Tartu_Linna_ja_Maakonna_Kaitseliit, lk 7
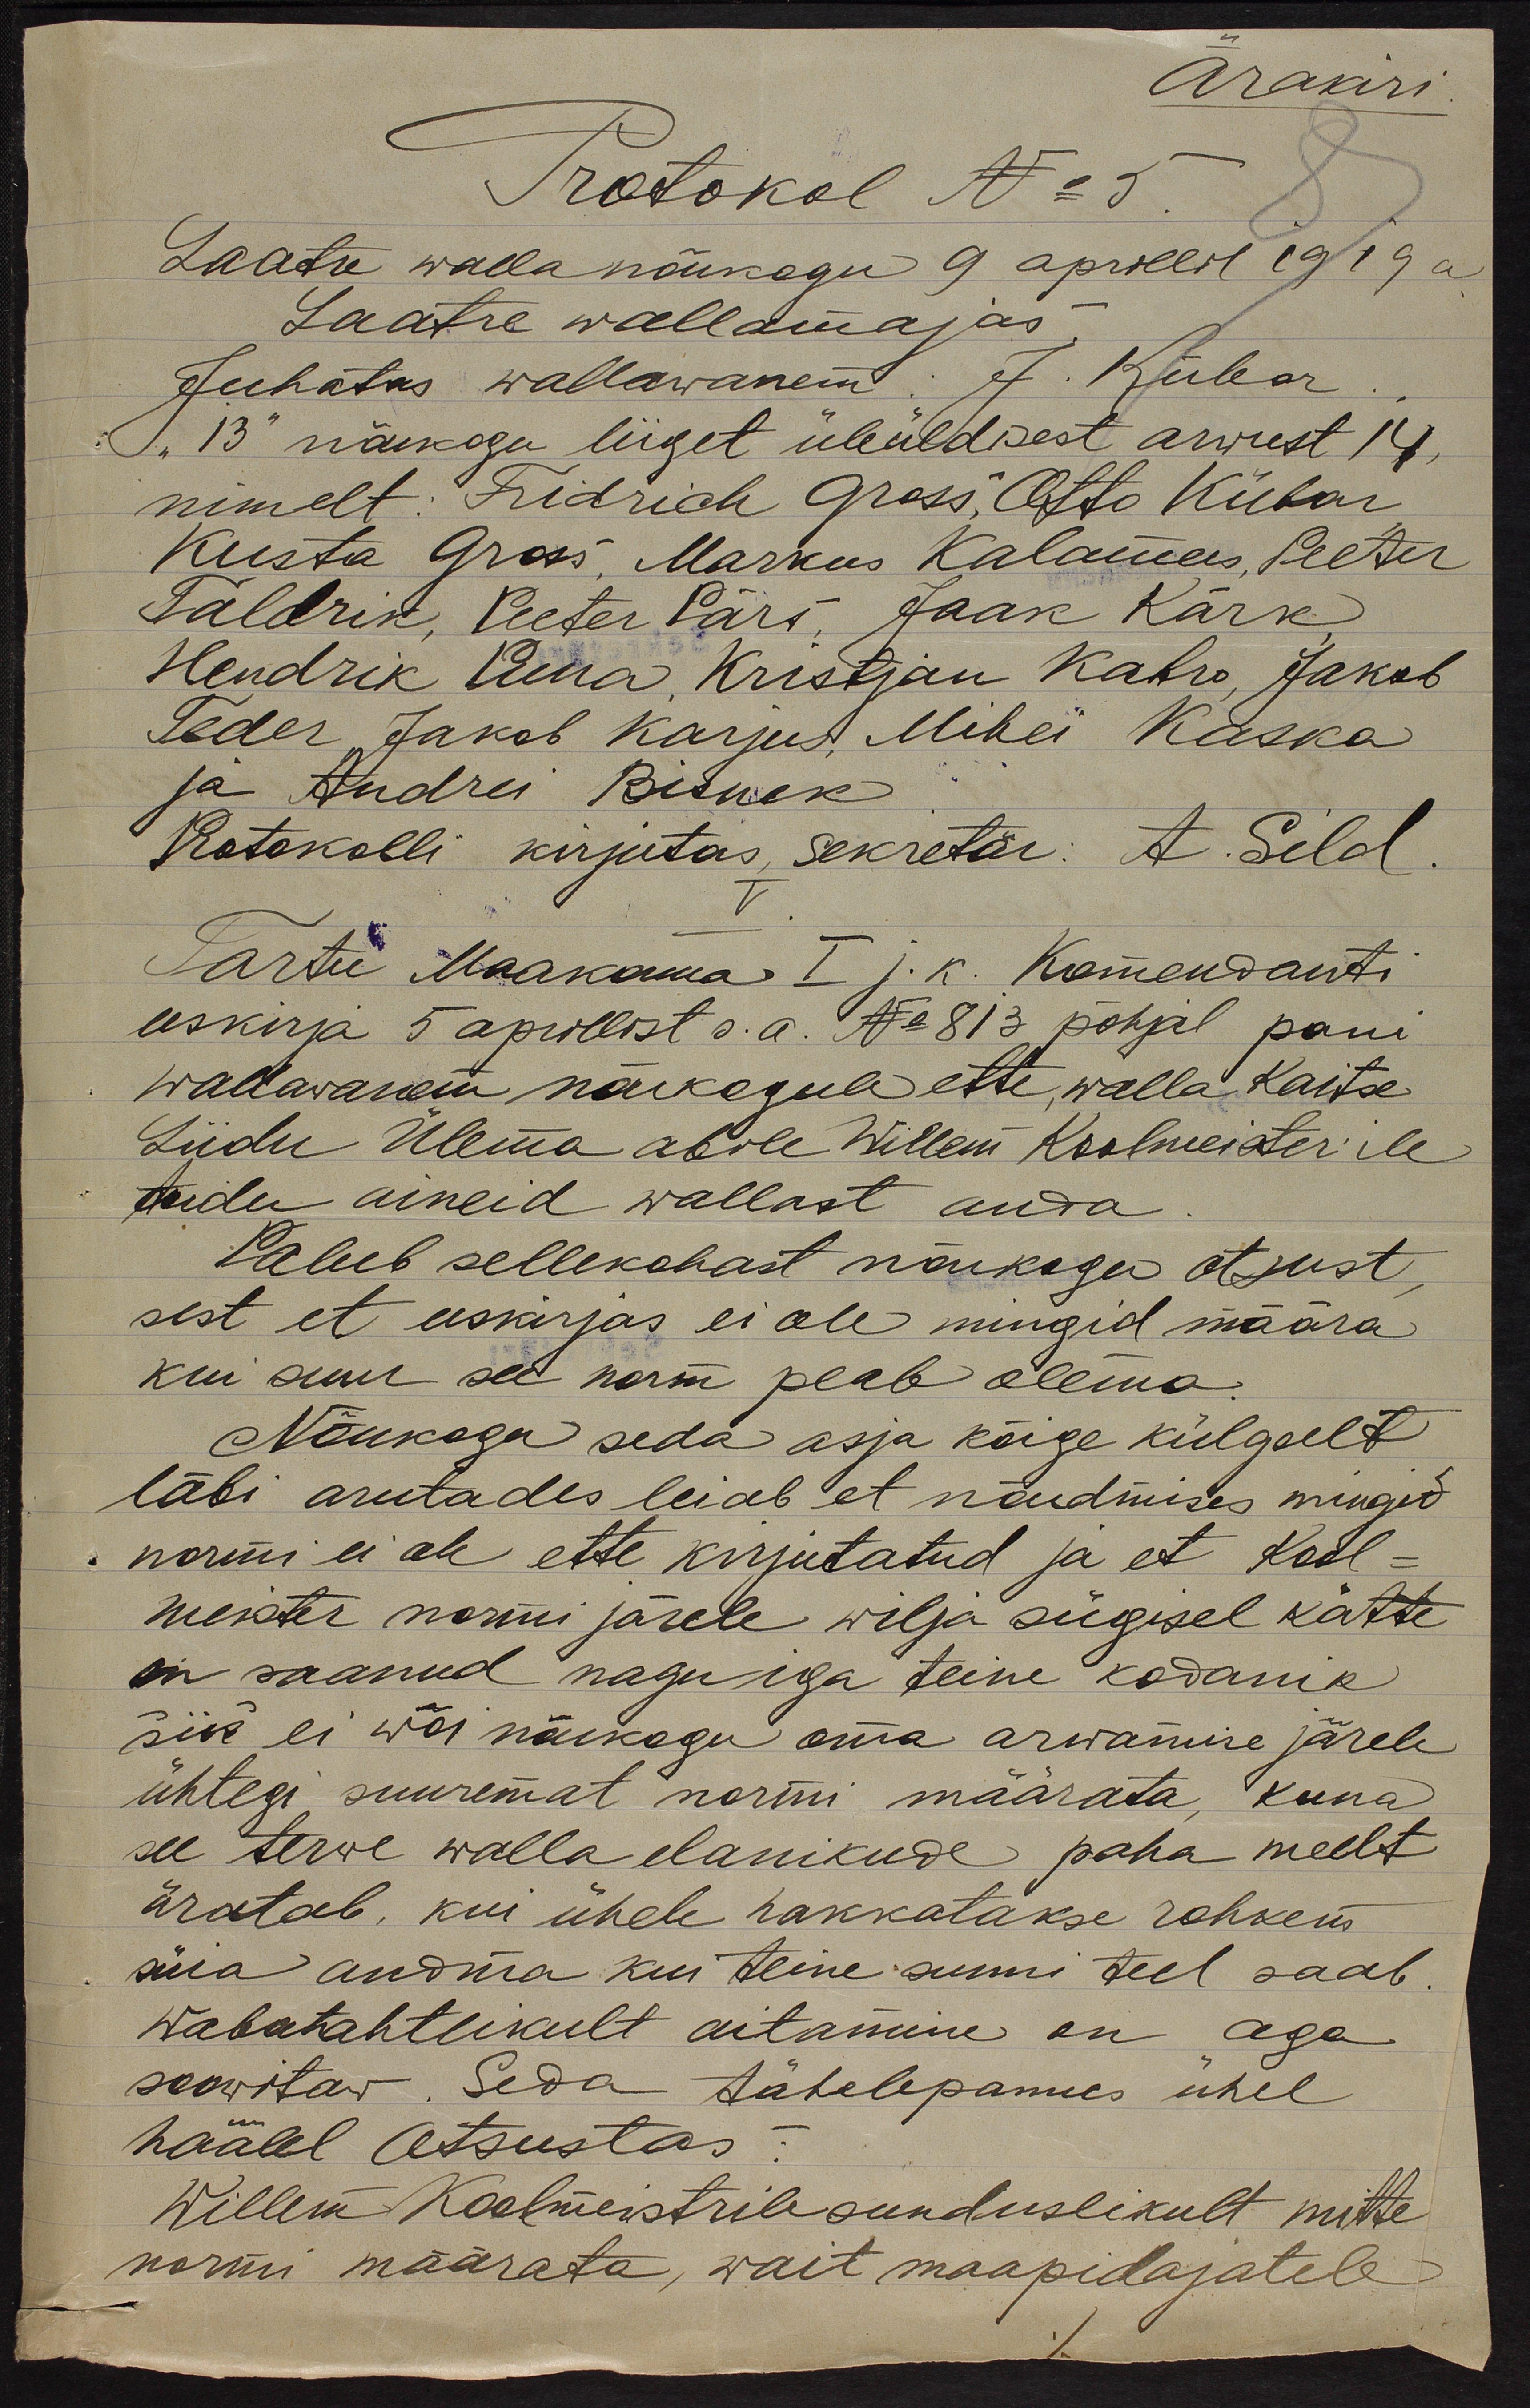
Ärakiri.
Protokol No 5
Laatre walla nõukogu 9 aprillil 1919a
Laatre wallamajas.
Juhatus wallawanem: J. Kübar
"13" nõukogu liiget üleüldisest arwest 14,
nimelt. Fridrich Gross, Otto Kübar
Kusta Gross, Markus Kalamees, Peeter
Taldrik, Peeter Pärs, Jaak Kärk
Hendrik Puna, Kristjan Katro, Jakob
Teder, Jakob Karjus, Mihei Kaska
ja Andrei Bisnek
Protokolli kirjutas, sekretär. A. Sild.
Tartu Maakonna I j. k. Komendanti
eeskirja 5 aprillist s.a. No 813 põhjal pani
wallawanem nõukogule ette, walla kaitse
Liidu Ülema abile Willem Koolmeister'ile
toidu aineid wallast anda.
Palub sellekohast nõukogu otsust
sest et eeskirjas ei ole mingid määra
kui suur see norm peab olema.
Nõukogu seda asja kõige külgselt
läbi arutades leiab et nõudmises mingid
normi ei ole ette kirjutatud ja et Kool-
meister normi järele wilja sügisel kätte,
on saanud nagu iga teine kodanik
siis ei wõi nõukogu oma arwamise järele
ühtegi suuremat normi määrata, kuna
see terwe walla elanikude paha meelt
äratab, kui ühele hakkatakse rohkem
süia andma kui teine sunni teel saab.
Wabatahtlikult aitamine on aga
soowitaw. Seda tähelepannes ühel
häälel otsustas:
Willem Koolmeistrile sunduslikult mitte
normi määrata, wait maapidajatele